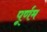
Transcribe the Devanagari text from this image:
पूर्णम